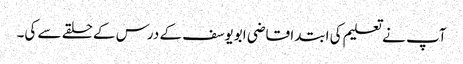
آپ نے تعلیم کی ابتدا قاضی ابویوسف کے درس کے حلقے سے کی۔